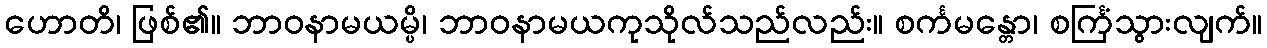
ဟောတိ၊ ဖြစ်၏။ ဘာဝနာမယမ္ပိ၊ ဘာဝနာမယကုသိုလ်သည်လည်း။ စင်္ကမန္တော၊ စင်္ကြံသွားလျက်။